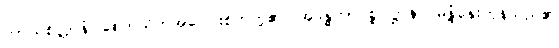
ကာယစိတ္တာနံ၊ စေတသိက်အပေါင်းစိတ်တို့၏။ အဒန္ဓတာပစ္စုပဋ္ဌာနာ၊ မနုံ့နှေးကုန်သည်၏